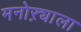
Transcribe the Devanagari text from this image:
मनोऱ्याला